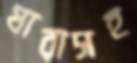
যারাসহ